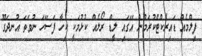
ފިލްމެއް ޑައިރެކްޓްކުރަމުން އޭގައި ލީޑް ރޯލެއް ކުޅުމަކީ ކިހާ ފަސޭހަ ނުވަތަ އުނދަގޫ